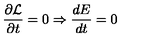
\frac { \partial \cal L } { \partial t } = 0 \Rightarrow \frac { d E } { d t } = 0